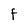
Character: F